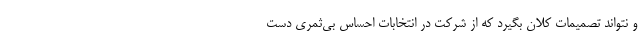
و نتواند تصمیمات کلان بگیرد که از شرکت در انتخابات احساس بی‌ثمری دست